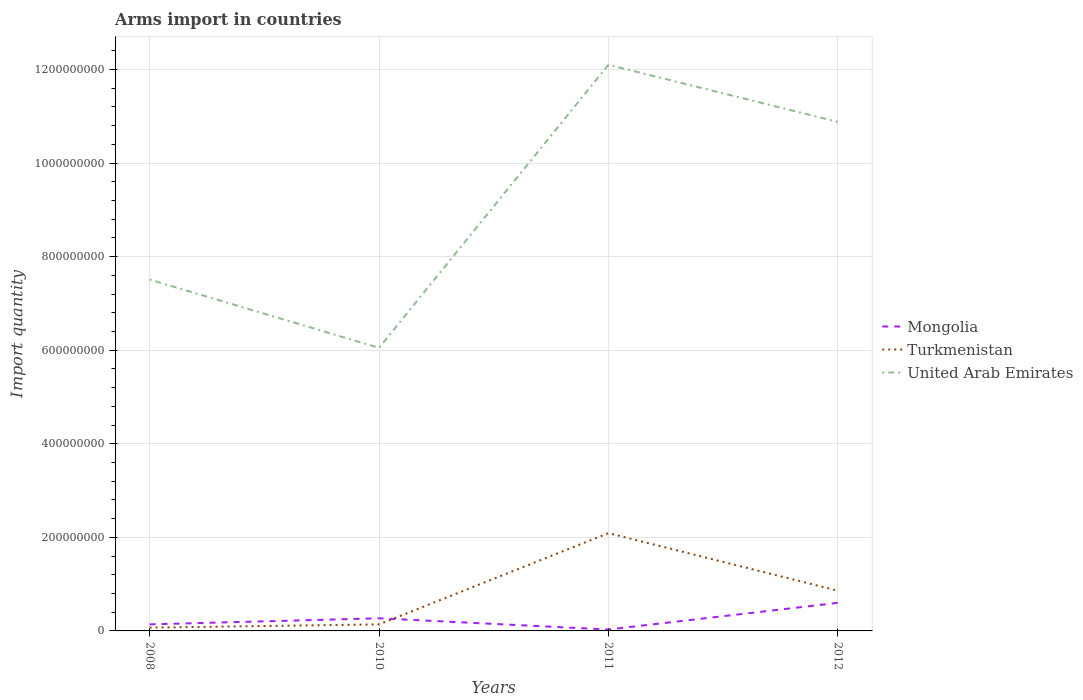
| Years | Mongolia | Turkmenistan | United Arab Emirates |
 | --- | --- | --- | --- |
 | 2008 | 1.4e+07 | 7e+06 | 7.51e+08 |
 | 2010 | 2.7e+07 | 1.4e+07 | 6.05e+08 |
 | 2011 | 3e+06 | 2.09e+08 | 1.21e+09 |
 | 2012 | 6e+07 | 8.6e+07 | 1.09e+09 |